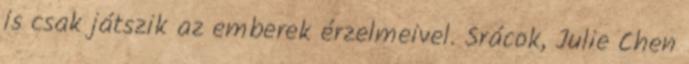
is csak játszik az emberek érzelmeivel. Srácok, Julie Chen